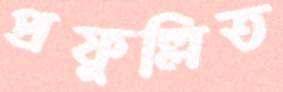
প্রফুল্লিত